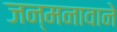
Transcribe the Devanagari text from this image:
जन्मनावाने